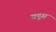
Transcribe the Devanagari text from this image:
यदूस